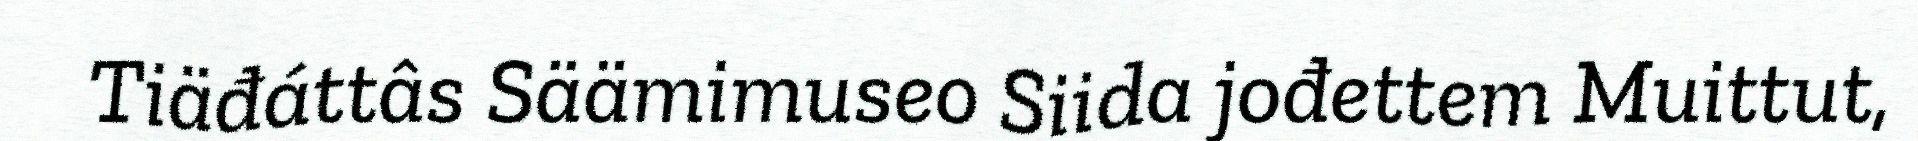
Tiäđáttâs Säämimuseo Siida jođettem Muittut,